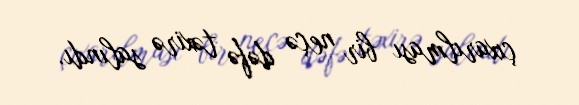
çıxarılması bir neçə dəfə təxirə salındı.